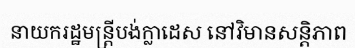
នាយករដ្ឋមន្ត្រីបង់ក្លាដេស នៅវិមានសន្តិភាព